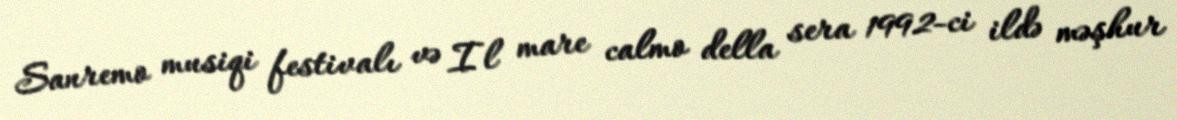
Sanremo musiqi festivalı və Il mare calmo della sera 1992-ci ildə məşhur